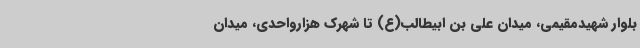
بلوار شهیدمقیمی، میدان علی بن ابیطالب(ع) تا شهرک هزارواحدی، میدان